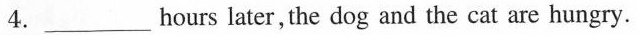
4. ___hours later, the dog and the cat are hungry.